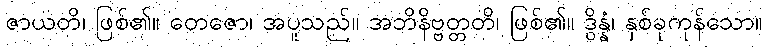
ဇာယတိ၊ ဖြစ်၏။ တေဇော၊ အပူသည်။ အဘိနိဗ္ဗတ္တတိ၊ ဖြစ်၏။ ဒွိန္နံ၊ နှစ်ခုကုန်သော။